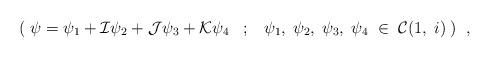
LaTeX: \begin{align*}( \; \psi=\psi_{1} +{\cal I}\psi_{2}+{\cal J}\psi_{3}+{\cal K}\psi_{4}\; \; \; ;\; \; \; \psi_{1}, \; \psi_{2}, \; \psi_{3}, \; \psi_{4} \; \in\; {\cal C}(1, \; i) \; ) \; \; ,\end{align*}